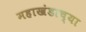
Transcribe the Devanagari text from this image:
महाखंडाच्या